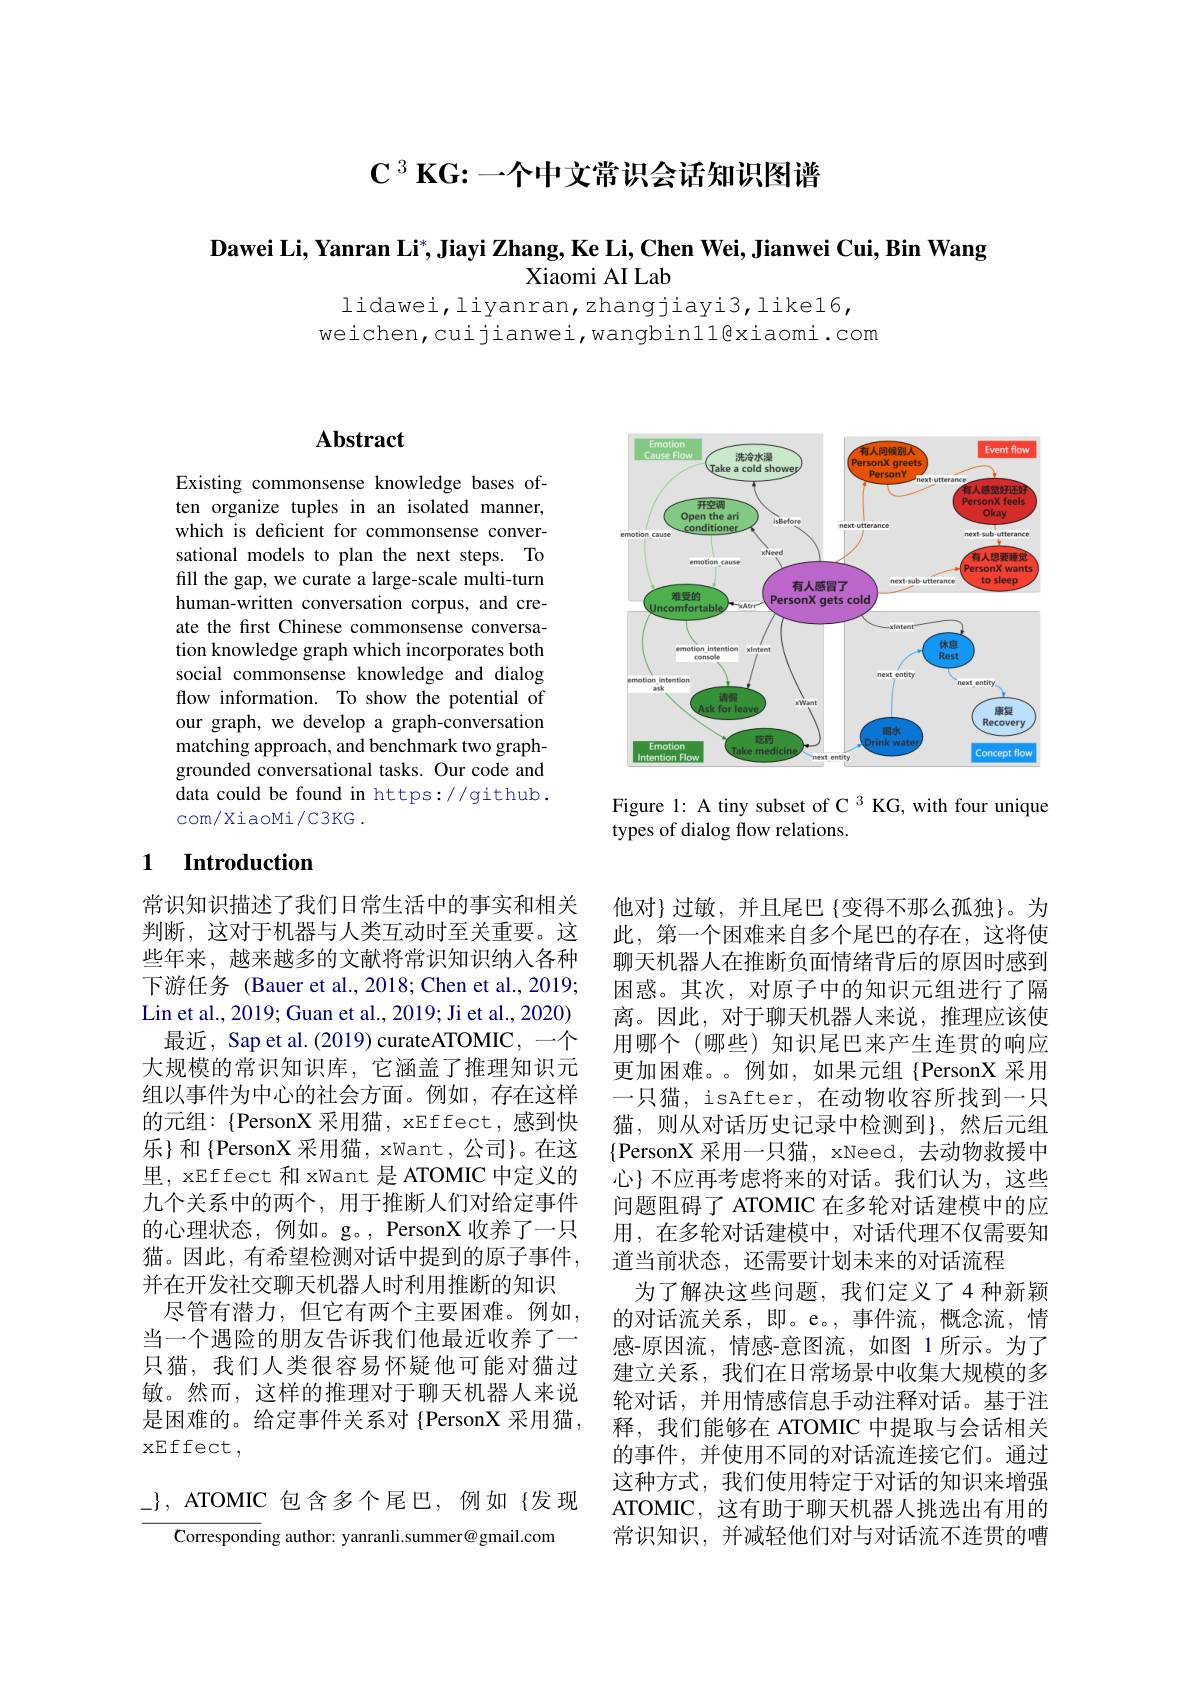
$\mathcal{C}^3\mathbf{KG:}$一个中文常识会话知识图谱

Dawei Li, Yanran Li$^*$,Jiayi Zhang, Ke Li, Chen Wei, Jianwei Cui, Bin Wang
Xiaomi AI Lab

lidawei,liyanran,zhangjiayi3,like16,
weichen,cuijianwei,wangbinllexiaomi.com

## Abstract

Existing commonsense knowledge bases often organize tuples in an isolated manner, which is deficient for commonsense conversational models to plan the next steps. To fill the gap, we curate a large-scale multi-turn human-written conversation corpus, and create the first Chinese commonsense conversation knowledge graph which incorporates both social commonsense knowledge and dialog flow information. To show the potential of our graph, we develop a graph-conversation matching approach, and benchmark two graphgrounded conversational tasks. Our code and data could be found in https://github. com/XiaoMi/C3KG .

## 1 $\textbf{Introduction}$

常识知识描述了我们日常生活中的事实和相关判断，这对于机器与人类互动时至关重要。这些年来，越来越多的文献将常识知识纳入各种下游任务 (Bauer et al., 2018; Chen et al., 2019; Lin et al., 2019; Guan et al., 2019; Ji et al., 2020)
最近，Sap et al. (2019) curateATOMIC, 一个大规模的常识知识库，它涵盖了推理知识元组以事件为中心的社会方面。例如，存在这样的元组：$\{PersonX 采用猫，xEffect,感到快$ 乐}和{PersonX 采用猫，xWant,公司}。在这里，xEffect 和 xWant 是 ATOMIC 中定义的九个关系中的两个，用于推断人们对给定事件的心理状态，例如。g。, PersonX 收养了一只猫。因此，有希望检测对话中提到的原子事件， 并在开发社交聊天机器人时利用推断的知识
尽管有潜力，但它有两个主要困难。例如， 当一个遇险的朋友告诉我们他最近收养了一只猫，我们人类很容易怀疑他可能对猫过敏。然而，这样的推理对于聊天机器人来说是困难的。给定事件关系对 {PersonX 采用猫， xEffect,

$\_\}$, ATOMIC 包含多个尾巴，例如{发现

$\overline{\text{Corresponding author: yanranli.summer@gmail.com}}$

<FigureHere>

Figure 1: A tiny subset of C 3 KG, with four unique
types of dialog flow relations.

他对}过敏，并且尾巴{变得不那么孤独}。为此，第一个困难来自多个尾巴的存在，这将使聊天机器人在推断负面情绪背后的原因时感到困惑。其次，对原子中的知识元组进行了隔离。因此，对于聊天机器人来说，推理应该使用哪个(哪些)知识尾巴来产生连贯的响应更加困难。。例如，如果元组{PersonX 采用一只猫，isAfter, 在动物收容所找到一只猫，则从对话历史记录中检测到},然后元组$\{$PersonX 采用一只猫，xNeed, 去动物救援中心} 不应再考虑将来的对话。我们认为，这些问题阻碍了 ATOMIC 在多轮对话建模中的应用，在多轮对话建模中，对话代理不仅需要知道当前状态，还需要计划未来的对话流程
为了解决这些问题，我们定义了4种新颖的对话流关系，即。e。,事件流，概念流，情感-原因流，情感-意图流，如图 1 所示。为了建立关系，我们在日常场景中收集大规模的多轮对话，并用情感信息手动注释对话。基于注释，我们能够在 ATOMIC 中提取与会话相关的事件，并使用不同的对话流连接它们。通过这种方式，我们使用特定于对话的知识来增强ATOMIC,这有助于聊天机器人挑选出有用的常识知识，并减轻他们对与对话流不连贯的嘈